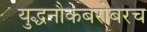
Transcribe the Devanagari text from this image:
युद्धनौकेबरोबरच